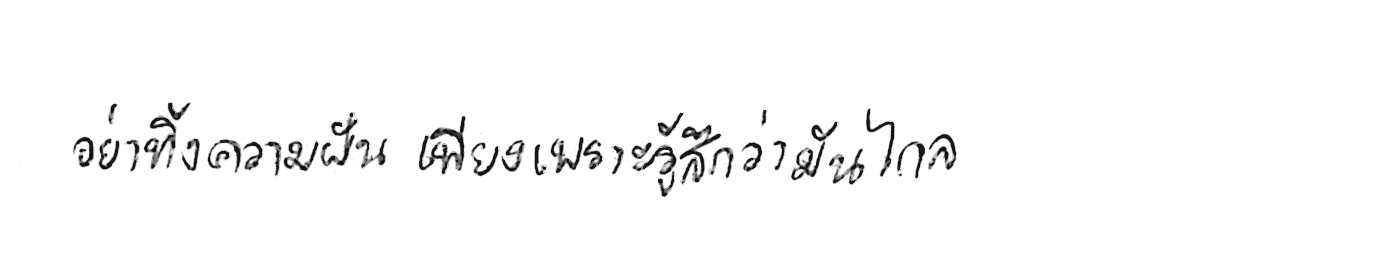
อย่าทิ้งความฝัน เพียงเพราะรู้สึกว่ามันไกล